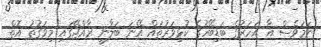
ނަމަވެސް އާ އަހަރުގެ ބަޑިބޭހުގެ ކުޅިވަރުތައް އޭނަ ބަލާނީ ރާއްޖޭގައި މިވަގުތު އޮތް